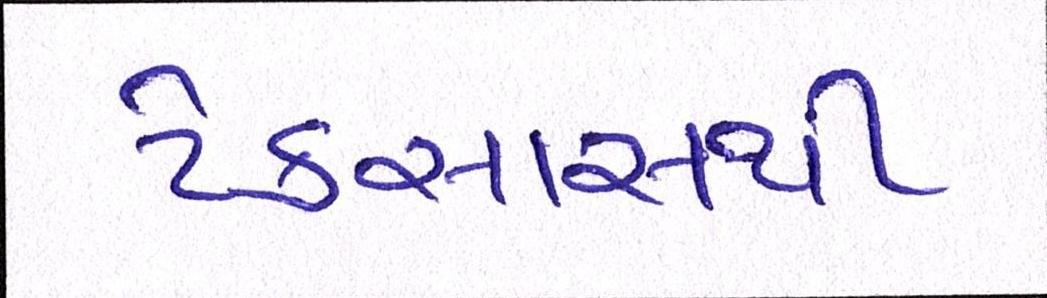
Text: ટેક્સાસથી